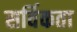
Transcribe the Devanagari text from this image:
सर्विकता